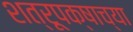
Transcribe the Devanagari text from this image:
शत्रूपक्षाच्या